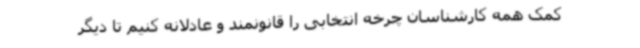
کمک همه کارشناسان چرخه انتخابی را قانونمند و عادلانه کنیم تا دیگر